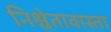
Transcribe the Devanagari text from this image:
निश्चेतावास्ता